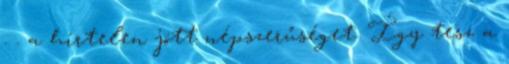
. . a hirtelen jött népszerűséget. Így tesz a